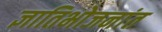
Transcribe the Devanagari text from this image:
ज्ञातिभोजनांत